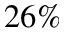
2 6 \%